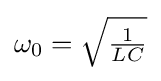
\omega _{0}={\sqrt {\tfrac {1}{LC}}}